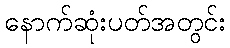
နောက်ဆုံးပတ်အတွင်း